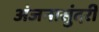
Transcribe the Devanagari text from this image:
अंजनासुंदरी